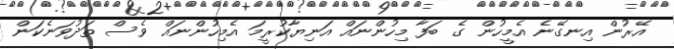
އޭރުން އިނގޭނެ އެމީހުން ގެ ބަފާ މިހުންނައް އަނިޔާކުރީމަ އެމިހުންނައް ވެސް ތަދުވަނެކަން